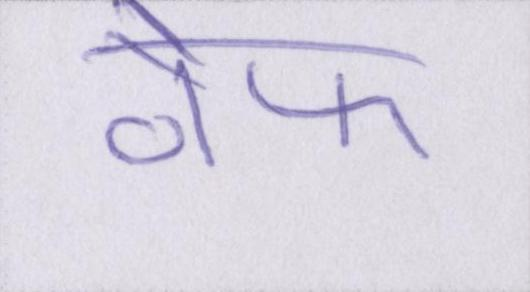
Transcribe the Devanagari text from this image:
वेफ